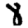
Digit: 8